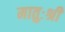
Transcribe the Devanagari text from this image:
मातुःश्री